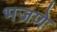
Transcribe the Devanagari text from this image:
भजणे